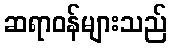
ဆရာဝန်များသည်